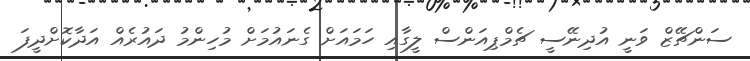
ސަންޗޭޒް ވަނީ އުދިނޭސީ ޗެމްޕިއަންސް ލީގާއި ހަމައަށް ގެނައުމަށް މުހިންމު ދައުރެއް އަދާކޮށްދީފަ